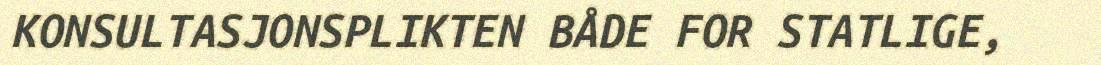
KONSULTASJONSPLIKTEN BÅDE FOR STATLIGE,